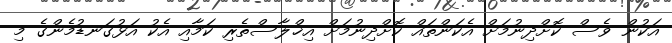
އަކުން ވެސް ކޮށްދިނުމަށް އެކަންތައް ކޮށްދިނުމަށް އިޚްލާސްތެރި ކަމާއި އެކު އަޅުގަނޑުމެންގެ މި